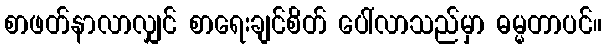
စာဖတ်နာလာလျှင် စာရေးချင်စိတ် ပေါ်လာသည်မှာ ဓမ္မတာပင်။